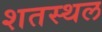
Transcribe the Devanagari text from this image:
शतस्थल